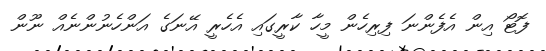
ފޮޓޯ އިން އެފެންނަ ފިރިހެން މީހާ ކާރީގައި އެހެރީ އޭނަގެ އަންހެނުންނެއް ނޫން